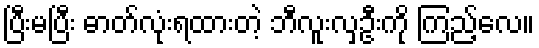
ပြီးမပြီး ဓာတ်လုံးရထားတဲ့ ဘီလူးလှဦးကို ကြည့်လေ။